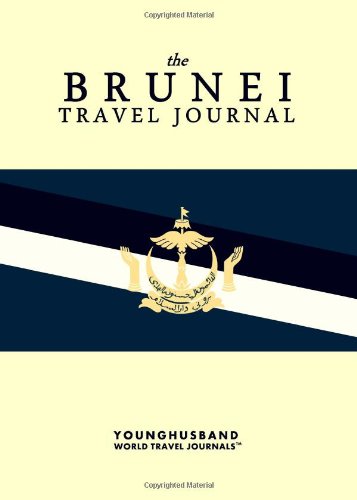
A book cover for The Brunei Travel Journal; Younghusband World Travel Journals; Travel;